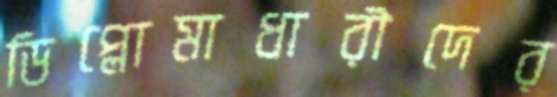
ডিপ্লোমাধারীদের